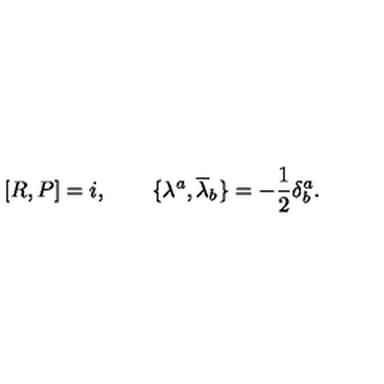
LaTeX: \lbrack R , P \rbrack = i , \qquad \lbrace \lambda ^ { a } , { \overline { { \lambda } } } _ { b } \rbrace = - \frac { 1 } { 2 } \delta _ { b } ^ { a } .